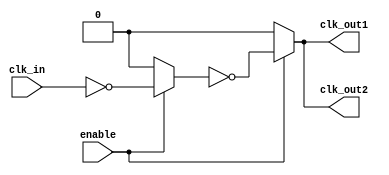
module low_power_clock_buffer (
    input wire clk_in,         // Input clock signal
    input wire enable,         // Enable signal for the buffer
    output wire clk_out1,      // Buffered clock output 1
    output wire clk_out2       // Buffered clock output 2
);

    // Internal signals
    wire clk_buf;              // Buffered clock signal
    wire clk_gated;           // Gated clock signal

    // Input Stage: Simple inverter to condition the incoming clock signal
    wire clk_in_buf;
    assign clk_in_buf = ~clk_in; // Inverter for conditioning the clock signal

    // Core Buffering Stage: A series of inverters for amplification with low power
    wire clk_inv1, clk_inv2;
    assign clk_inv1 = enable ? clk_in_buf : 1'b0; // Weak drive during disable
    assign clk_inv2 = ~clk_inv1;

    // Output Stage: Final buffer stage driving the outputs
    assign clk_buf = enable ? clk_inv2 : 1'b0; // Weak drive during disable
    assign clk_out1 = clk_buf;                  // First buffered output
    assign clk_out2 = clk_buf;                  // Second buffered output

    // Control Logic: Enable/Disable functionality
    // The clock gating is achieved using the enable signal
    assign clk_gated = enable ? clk_buf : 1'b0;

endmodule